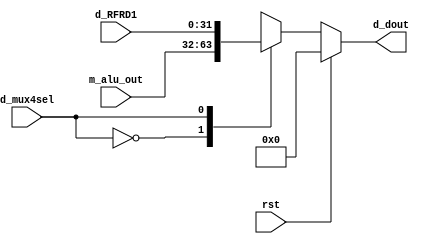
`timescale 1ns / 1ps
//////////////////////////////////////////////////////////////////////////////////
// Company: 
// Engineer: 
// 
// Design Name: 
// Module Name: mux4
// Project Name: 
// Target Devices: 
// Tool Versions: 
// Description: 
// 
// Dependencies: 
// 
// Revision:
// Revision 0.01 - File Created
// Additional Comments:
// 
//////////////////////////////////////////////////////////////////////////////////


module mux4
/*** PARAMETERS ***/
#(parameter
    // WL
    DATA_WL     = 32
)
/*** IN/OUT ***/
(
    // IN
    input [DATA_WL - 1 : 0]         d_RFRD1,
                                    m_alu_out,
    input                           d_mux4sel,
                                    rst,
    // OUT
    output reg [DATA_WL - 1 : 0]    d_dout
);

    always @(*)
    begin
        if (rst) d_dout = 0;
        else
        begin
            case (d_mux4sel)
                0: d_dout = m_alu_out;
                1: d_dout = d_RFRD1;
                default d_dout = 1'bx;
            endcase
        end
    end

endmodule